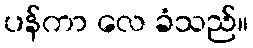
ပန်ကာ လေ ခံသည်။